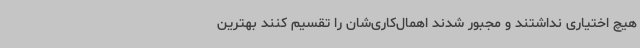
هیچ اختیاری نداشتند و مجبور شدند اهمال‌کاری‌شان را تقسیم کنند بهترین